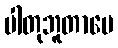
ပါတုဘူတာပေ